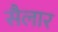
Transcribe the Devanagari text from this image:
सैलार